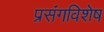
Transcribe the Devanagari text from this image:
प्रसंगविशेष